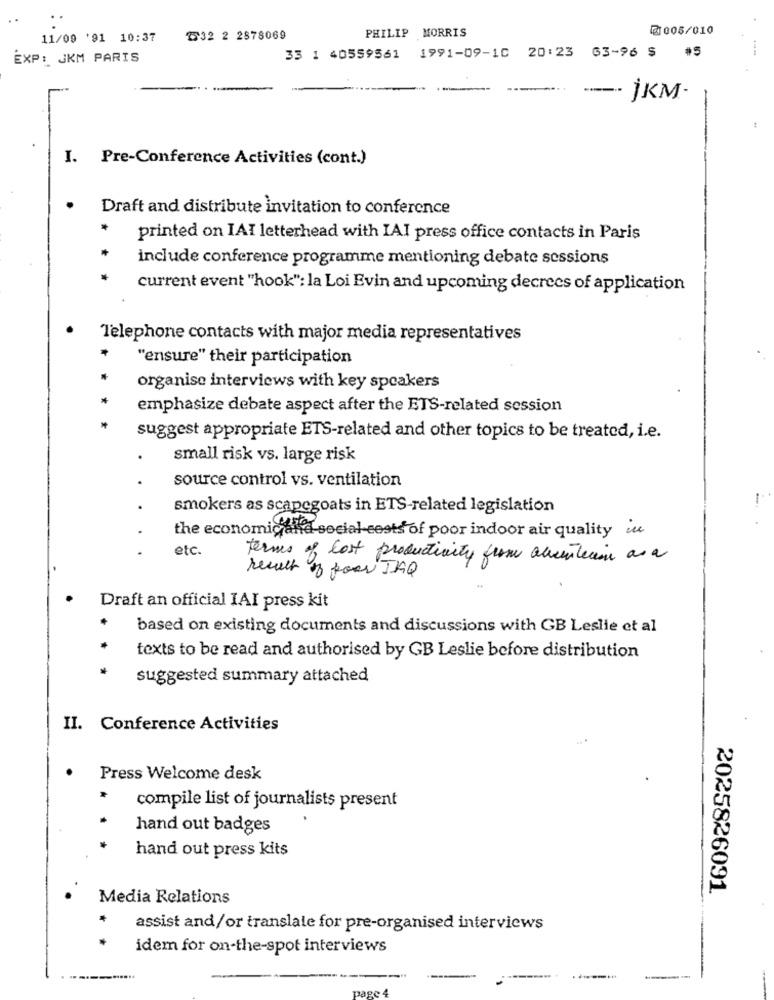
PHILIP MORRIS
@1005/010
11/09 '91 10:37
T532 2 2878069
EXP: 3KM PARIS
33 1 40559561
1991-09-10 20:23 63-96 $ #5
----- jKM-
I. Pre-Conference Activities (cont.)
Draft and distribute invitation to conference
printed on IAI letterhead with IAI press office contacts in Paris
include conference programme mentioning debate sessions
current event "hook": la Loi Evin and upcoming decrees of application
Telephone contacts with major media representatives
"ensure" their participation
organise interviews with key speakers
emphasize debate aspect after the ETS-related session
suggest appropriate ETS-related and other topics to be treated, i.e.
.
small risk vs. large risk
source control vs. ventilation
.
smokers as scapegoats in ETS-related legislation
the economicand social-tests of poor indoor air quality u
etc.
terms of lost productivity from aceitecion ar a
result of four JAQ
Draft an official IAI press kit
based on existing documents and discussions with GB Leslie et al
texts to be read and authorised by GB Leslie before distribution
suggested summary attached
II. Conference Activities
Press Welcome desk
compile list of journalists present
hand out badges
hand out press kits
2025826091
Media Relations
assist and/or translate for pre-organised interviews
idem for on-the-spot interviews
---
...--...